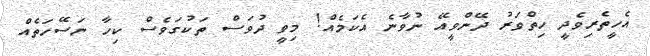
އެހީތެރިވެދީ ހިތްވަރު ދޭންވީއޭ ނުވާނެ އެކަމެއް! މިވީ ދުވަސް ތަކުގަވެސް ކިހާ ނަސޭހަތެއް